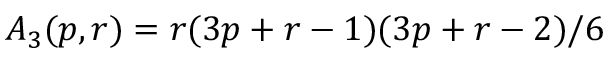
A _ { 3 } ( p , r ) = r ( 3 p + r - 1 ) ( 3 p + r - 2 ) / 6